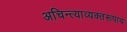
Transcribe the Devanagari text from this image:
अचिन्त्याव्यक्तरूपाय